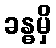
ခန္ဓမှိ